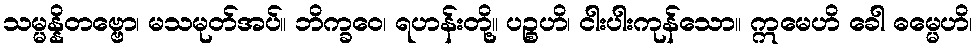
သမ္မန္နိတဗ္ဗော၊ မသမုတ်အပ်။ ဘိက္ခဝေ၊ ရဟန်းတို့။ ပဉ္စဟိ၊ ငါးပါးကုန်သော။ ဣမေဟိ ခေါ ဓမ္မေဟိ၊